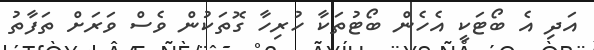
އަދި އެ ބޯޓަކީ އެހެން ބޯޓުތަކާ ހުރިހާ ގޮތަކުން ވެސް ވަރަށް ތަފާތު